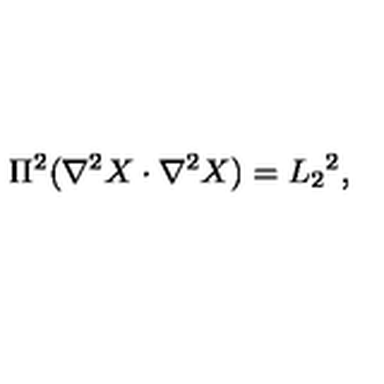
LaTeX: \Pi ^ { 2 } ( \nabla ^ { 2 } X \cdot \nabla ^ { 2 } X ) = L _ { 2 } { } ^ { 2 } ,